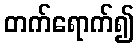
တက်ရောက်၍